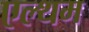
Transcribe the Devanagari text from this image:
एल्थम